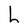
Character: L